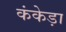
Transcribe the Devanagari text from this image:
कंकेड़ा